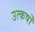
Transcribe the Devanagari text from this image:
उत्कर्षों